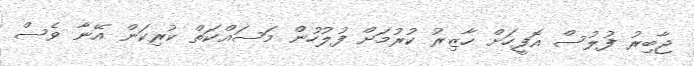
ޖާބިރު ފުލުސް އޮފީހަށް ހާޒިރު ކުރުމަށް ފުލުހުން މަސައްކަތް ކުރިކަން އޭނާ ވެސް